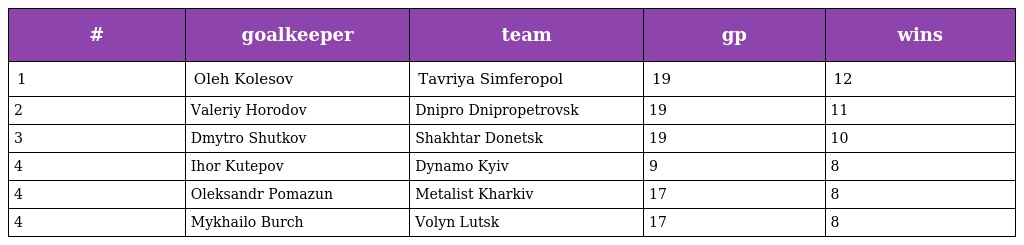
| # | goalkeeper | team | gp | wins |
 | --- | --- | --- | --- | --- |
 | 1 | Oleh Kolesov | Tavriya Simferopol | 19 | 12 |
 | 2 | Valeriy Horodov | Dnipro Dnipropetrovsk | 19 | 11 |
 | 3 | Dmytro Shutkov | Shakhtar Donetsk | 19 | 10 |
 | 4 | Ihor Kutepov | Dynamo Kyiv | 9 | 8 |
 | 4 | Oleksandr Pomazun | Metalist Kharkiv | 17 | 8 |
 | 4 | Mykhailo Burch | Volyn Lutsk | 17 | 8 |